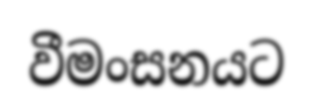
වීමංසනයට